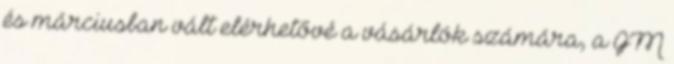
és márciusban vált elérhetővé a vásárlók számára, a GM